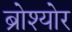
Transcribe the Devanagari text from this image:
ब्रोश्योर